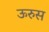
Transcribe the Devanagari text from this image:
ऊरुस